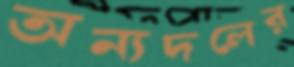
অন্যদলের